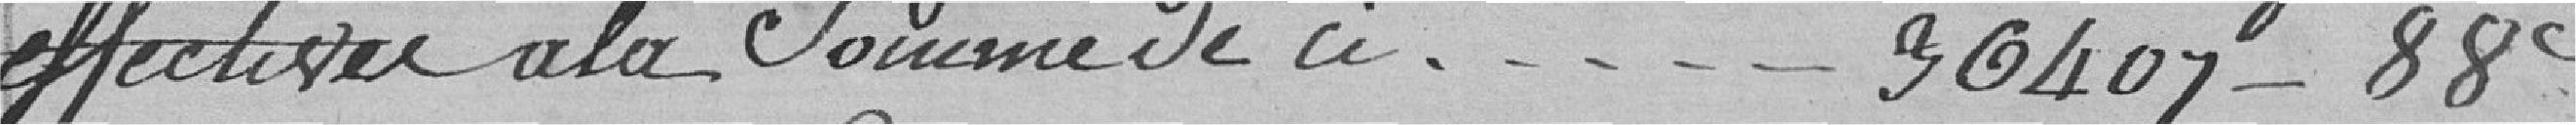
effectives à la somme de ce  - - - - - 36407 - 88 c